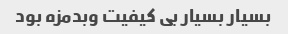
بسیار بسیار بی کیفیت وبدمزه بود